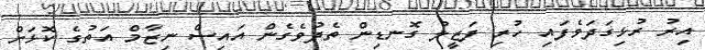
އިރު ރުޅިގަދަވެފައި ހުރި ފަޒީލު ގޮނޑިން ތެދުވެގެން އައިސް ނިޒާމް އަތުގެ ކޮޅަށް